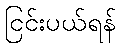
ငြင်းပယ်ရန်